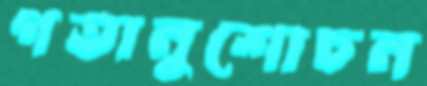
গতানুশোচন